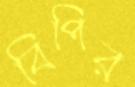
বিপির